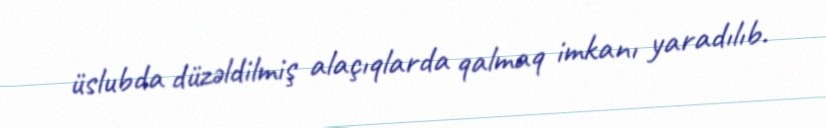
üslubda düzəldilmiş alaçıqlarda qalmaq imkanı yaradılıb.